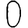
Digit: 0